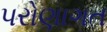
પરોણાગત